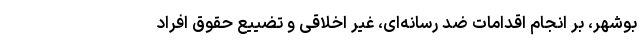
بوشهر، بر انجام اقدامات ضد رسانه‌ای، غیر اخلاقی و تضییع حقوق افراد